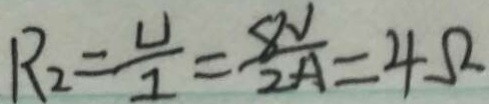
R _ { 2 } = \frac { U } { I } = \frac { 8 V } { 2 A } = 4 \Omega